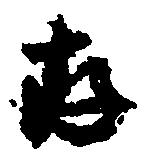
存